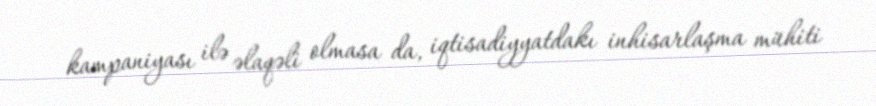
kampaniyası ilə əlaqəli olmasa da, iqtisadiyyatdakı inhisarlaşma mühiti